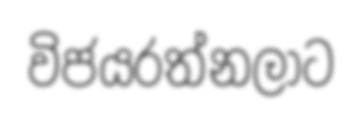
විජයරත්නලාට